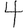
Digit: 4